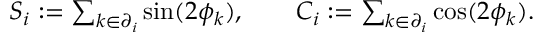
\begin{array} { r } { S _ { i } : = \sum _ { k \in \partial _ { i } } \sin ( 2 \phi _ { k } ) , \qquad C _ { i } : = \sum _ { k \in \partial _ { i } } \cos ( 2 \phi _ { k } ) . } \end{array}